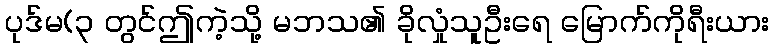
ပုဒ်မ(၃ တွင်ဤကဲ့သို့ မဘသ၏ ခိုလှုံသူဦးရေ မြောက်ကိုရီးယား